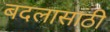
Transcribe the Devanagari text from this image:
बदलासाठी